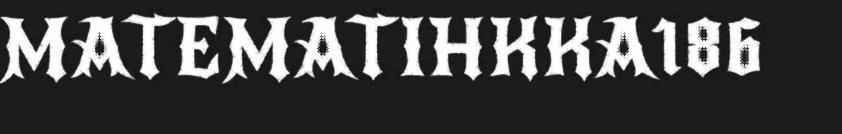
MATEMATIHKKA186